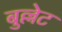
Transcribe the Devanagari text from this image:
बुल्लेट